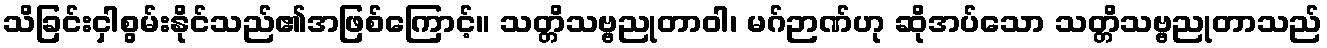
သိခြင်းငှါစွမ်းနိုင်သည်၏အဖြစ်ကြောင့်။ သတ္တိသဗ္ဗညုတာဝါ၊ မဂ်ဉာဏ်ဟု ဆိုအပ်သော သတ္တိသဗ္ဗညုတာသည်